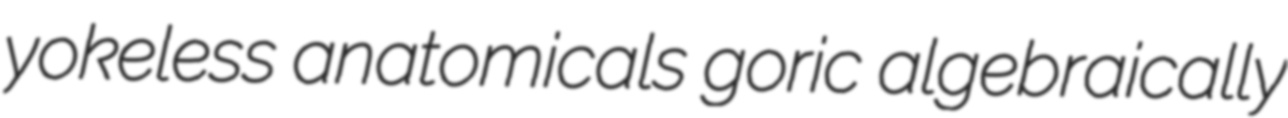
yokeless anatomicals goric algebraically